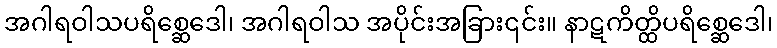
အဂါရဝါသပရိစ္ဆေဒေါ၊ အဂါရဝါသ အပိုင်းအခြား၎င်း။ နာဋကိတ္ထိပရိစ္ဆေဒေါ၊